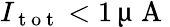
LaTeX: I_{\mathrm{~t~o~t~}}<1\, \upmu\mathrm{~A~}